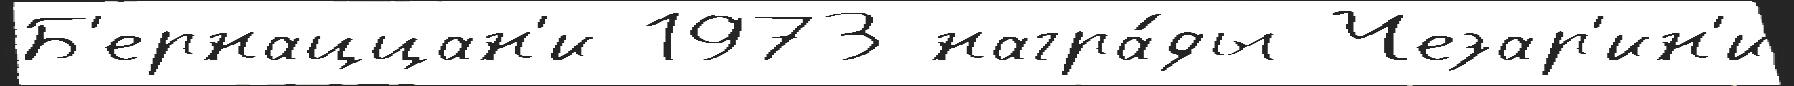
Б'ернаццан'и 1973 награ́ды Чезар'ин'и